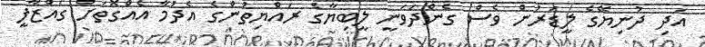
އަދި ދުނިޔޭގެ ލީޑަރުން ވެސް ގެންދަވަނީ ލީބިޔާގެ ރައްޔިތުންގެ އެދުމާ އެއްގޮތަށް ގައްޒާފީ